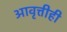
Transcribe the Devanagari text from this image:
आवृत्तीही